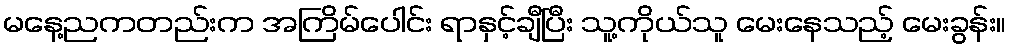
မနေ့ညကတည်းက အကြိမ်ပေါင်း ရာနှင့်ချီပြီး သူ့ကိုယ်သူ မေးနေသည့် မေးခွန်း။